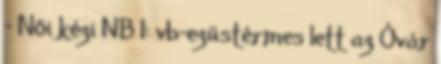
- Női kézi NB I: vb-ezüstérmes lett az Óvár